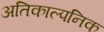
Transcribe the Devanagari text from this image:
अतिकाल्पनिक